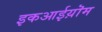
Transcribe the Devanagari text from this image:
इकआईय़ॊम